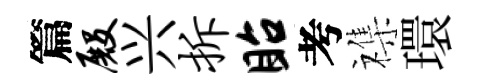
篇殿兴拆眙考襍環